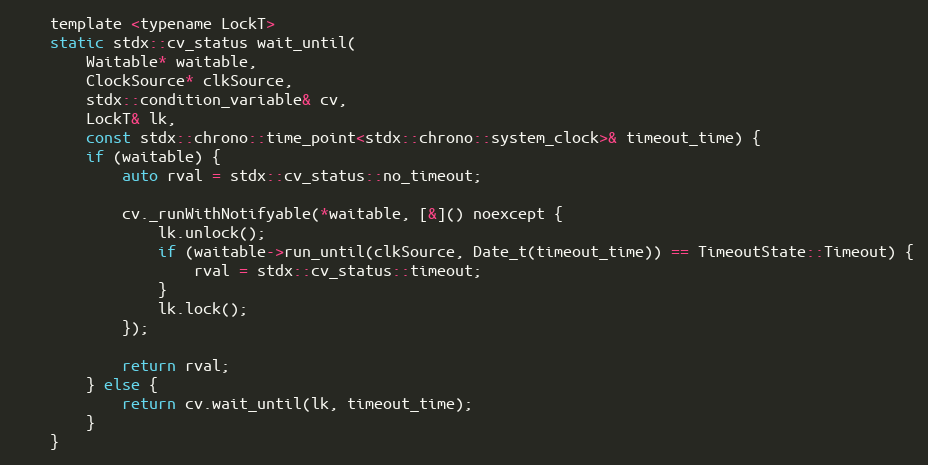
Language: C
    template <typename LockT>
    static stdx::cv_status wait_until(
        Waitable* waitable,
        ClockSource* clkSource,
        stdx::condition_variable& cv,
        LockT& lk,
        const stdx::chrono::time_point<stdx::chrono::system_clock>& timeout_time) {
        if (waitable) {
            auto rval = stdx::cv_status::no_timeout;

            cv._runWithNotifyable(*waitable, [&]() noexcept {
                lk.unlock();
                if (waitable->run_until(clkSource, Date_t(timeout_time)) == TimeoutState::Timeout) {
                    rval = stdx::cv_status::timeout;
                }
                lk.lock();
            });

            return rval;
        } else {
            return cv.wait_until(lk, timeout_time);
        }
    }